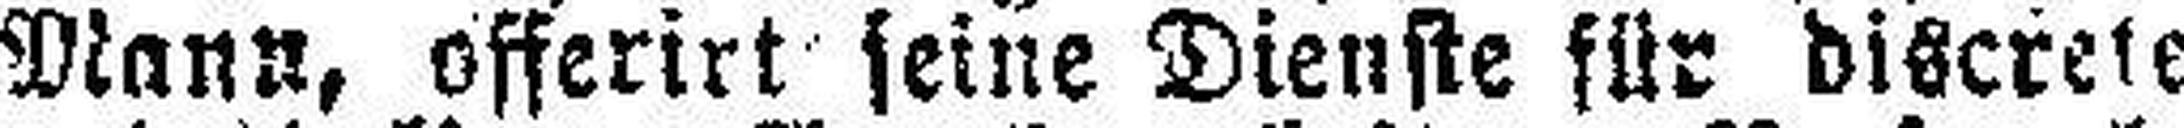
Mann, offerirt seine Dienste für discrete